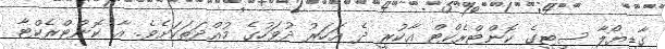
ގާޑިޔޯލާ ސިޓީގެ ކޮންޓްރެކްޓް އާކުރީ ދެ އަހަރު ދުވަހުގެ މުއްދަތަކަށެވެ. އާ ކޮންޓްރެކްޓާ